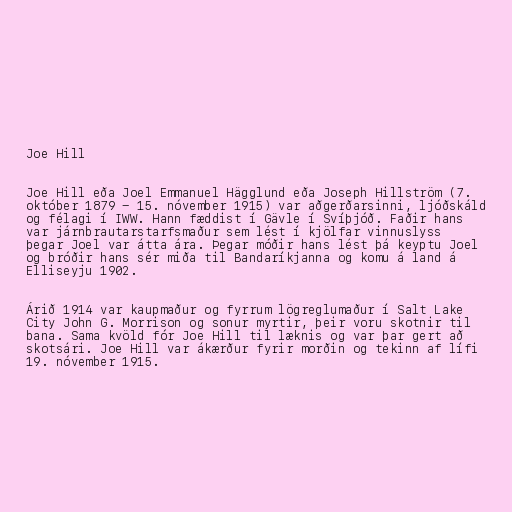
Joe Hill

Joe Hill eða Joel Emmanuel Hägglund eða Joseph Hillström (7.
október 1879 - 15. nóvember 1915) var aðgerðarsinni, ljóðskáld
og félagi í IWW. Hann fæddist í Gävle í Svíþjóð. Faðir hans
var járnbrautarstarfsmaður sem lést í kjölfar vinnuslyss
þegar Joel var átta ára. Þegar móðir hans lést þá keyptu Joel
og bróðir hans sér miða til Bandaríkjanna og komu á land á
Elliseyju 1902.

Árið 1914 var kaupmaður og fyrrum lögreglumaður í Salt Lake
City John G. Morrison og sonur myrtir, þeir voru skotnir til
bana. Sama kvöld fór Joe Hill til læknis og var þar gert að
skotsári. Joe Hill var ákærður fyrir morðin og tekinn af lífi
19. nóvember 1915.